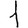
Digit: 1